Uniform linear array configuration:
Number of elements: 16
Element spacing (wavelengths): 1
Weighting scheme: cosine
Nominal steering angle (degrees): -30
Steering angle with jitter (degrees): -29.772
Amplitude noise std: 0.05
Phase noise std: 0.05

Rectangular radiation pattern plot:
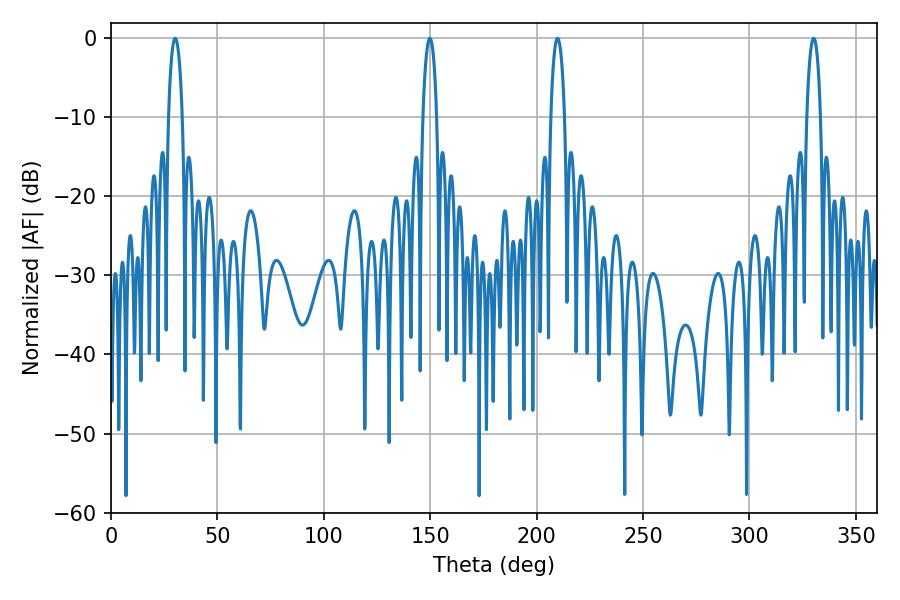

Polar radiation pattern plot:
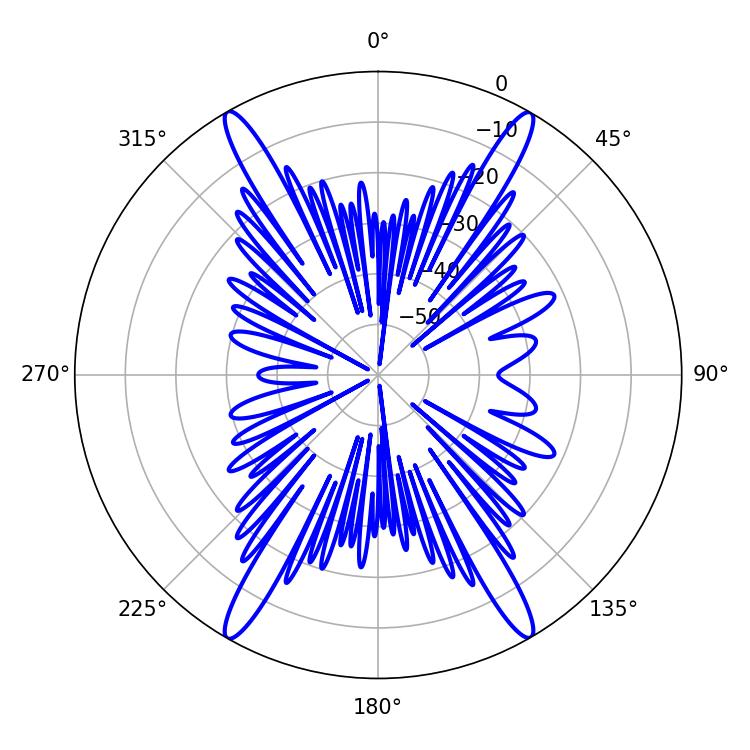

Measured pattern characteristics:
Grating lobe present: TRUE
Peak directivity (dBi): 30.232
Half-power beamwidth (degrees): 3.6
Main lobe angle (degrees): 330.12